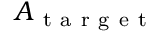
A _ { \mathrm { ~ t ~ a ~ r ~ g ~ e ~ t ~ } }